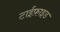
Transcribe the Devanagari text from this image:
टाईफ़ाइड